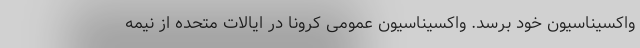
واکسیناسیون خود برسد. واکسیناسیون عمومی کرونا در ایالات متحده از نیمه